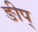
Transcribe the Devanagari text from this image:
ङीप्